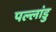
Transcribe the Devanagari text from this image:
पल्लांडु